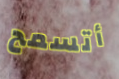
أتسمح